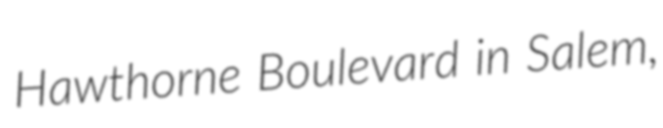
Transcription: Hawthorne Boulevard in Salem,